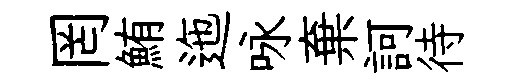
罔鮪迤咏棄訶待